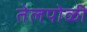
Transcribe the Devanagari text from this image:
तेलपोळी